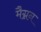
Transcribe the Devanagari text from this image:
मैग्नन